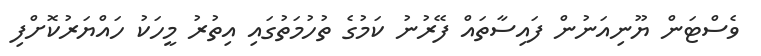
ވެސްޓަން ޔޫނިއަނުން ފައިސާތައް ފޭރުނު ކަމުގެ ތުހުމަތުގައި އިތުރު މީހަކު ހައްޔަރުކޮށްފި